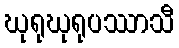
ဃုရုဃုရုပဿာသီ